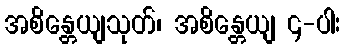
အစိန္တေယျသုတ်၊ အစိန္တေယျ ၄-ပါး